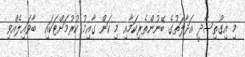
މި އިގުތިސާދީ އަދާލަތުގެ ބޭނުންތެރިކަމާއި މި ކަން ގާއިމު ކުރުމަށްޓަކައި  ބާވައިލެއްވި